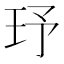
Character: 𤤂